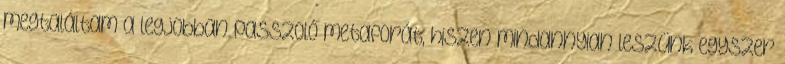
megtaláltam a legjobban passzoló metaforát, hiszen mindannyian leszünk egyszer